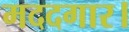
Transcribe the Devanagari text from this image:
मददगार।